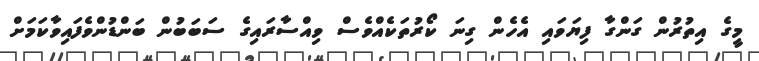
މީގެ އިތުރުން ގަންގާ ފިޔަވައި އެހެން ގިނަ ކޯރުތަކެއްވެސް ވިއްސާރައިގެ ސަބަބުން ބަންޑުންވެފައިވާކަމަށް